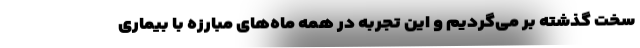
سخت گذشته بر می‌گردیم و این تجربه در همه ماه‌های مبارزه با بیماری